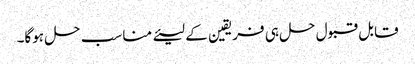
قابل قبول حل ہی فریقین کے لیئے مناسب حل ہوگا۔